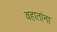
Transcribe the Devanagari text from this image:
वहातांना